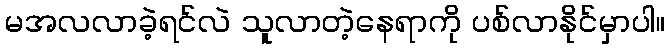
မအလလာခဲ့ရင်လဲ သူလာတဲ့နေရာကို ပစ်လာနိုင်မှာပါ။